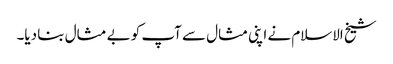
شیخ الاسلام نے اپنی مثال سے آپ کو بے مثال بنا دیا۔